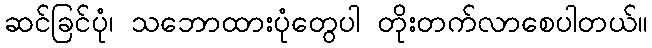
ဆင်ခြင်ပုံ၊ သဘောထားပုံတွေပါ တိုးတက်လာစေပါတယ်။